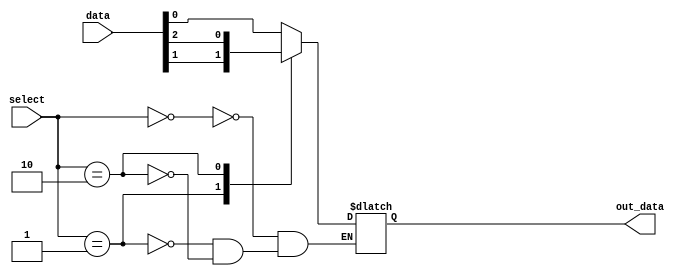
module mux_32to1 (
  input [31:0] data,
  input [4:0] select,
  output reg out_data
);

always @ (select)
begin
  case (select)
    5'b00000: out_data <= data[0];
    5'b00001: out_data <= data[1];
    5'b00010: out_data <= data[2];
    // Add cases for each input signal up to data[31]
    // eg. 5'b11111: out_data <= data[31];
  endcase
end

endmodule